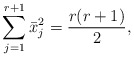
\begin{align*}\sum_{j=1}^{r+1}\bar{x}_j^2={r(r+1)\over2},\end{align*}